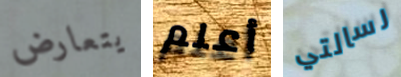
يتعارض أعلم رسالتي